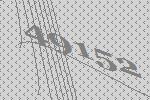
49152